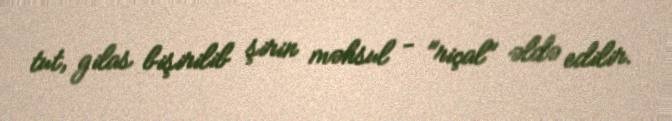
tut, gilas bişirilib şirin məhsul - "riçal" əldə edilir.